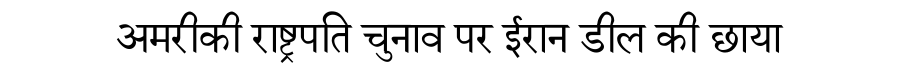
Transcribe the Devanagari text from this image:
अमरीकी राष्ट्रपति चुनाव पर ईरान डील की छाया